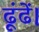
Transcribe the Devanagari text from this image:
ढूंढें।